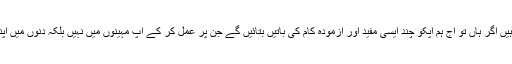
کیا آپ بھی آنکھوں کے گرد حلقوں کی وجہ سے پریشان ہیں اگر ہاں تو آج ہم آپکو چند ایسی مفید اور آزمودہ کام کی باتیں بتائیں گے جن پر عمل کر کے آپ مہینوں میں نہیں بلکہ دنوں میں اپنی اںکھوں کے گرد موجود حلقوں کو ختم کر سکتے ہیں ۔